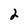
Character: 2